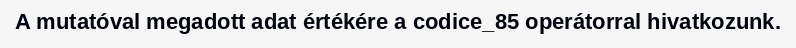
A mutatóval megadott adat értékére a codice_85 operátorral hivatkozunk.